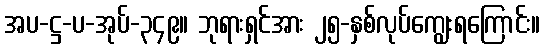
အပ-ဋ္ဌ-ပ-အုပ်-၃၄၉။ ဘုရားရှင်အား ၂၅-နှစ်လုပ်ကျွေးရကြောင်း။